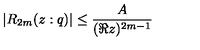
| R _ { 2 m } ( z : q ) | \leq \frac { A } { ( \Re z ) ^ { 2 m - 1 } }